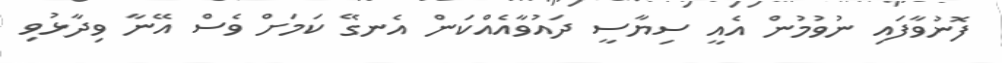
ފޮނުވާފައި ނުވުމުން އެއީ ސިޔާސީ ދައުވާއެއްކަން އެނގޭ ކަމަށް ވެސް އޭނާ ވިދާޅުވި